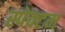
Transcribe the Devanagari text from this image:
स्पेक्टम